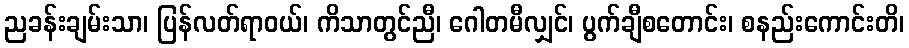
ညခန်းချမ်းသာ၊ ပြန်လတ်ရာဝယ်၊ ကိသာတွင်ညီ၊ ဂေါတမီလျှင်၊ ပွက်ချီစတောင်း၊ စနည်းကောင်းတိ၊